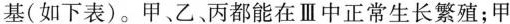
基(如下表)。甲、乙、丙都能在Ⅲ中正常生长繁殖；甲